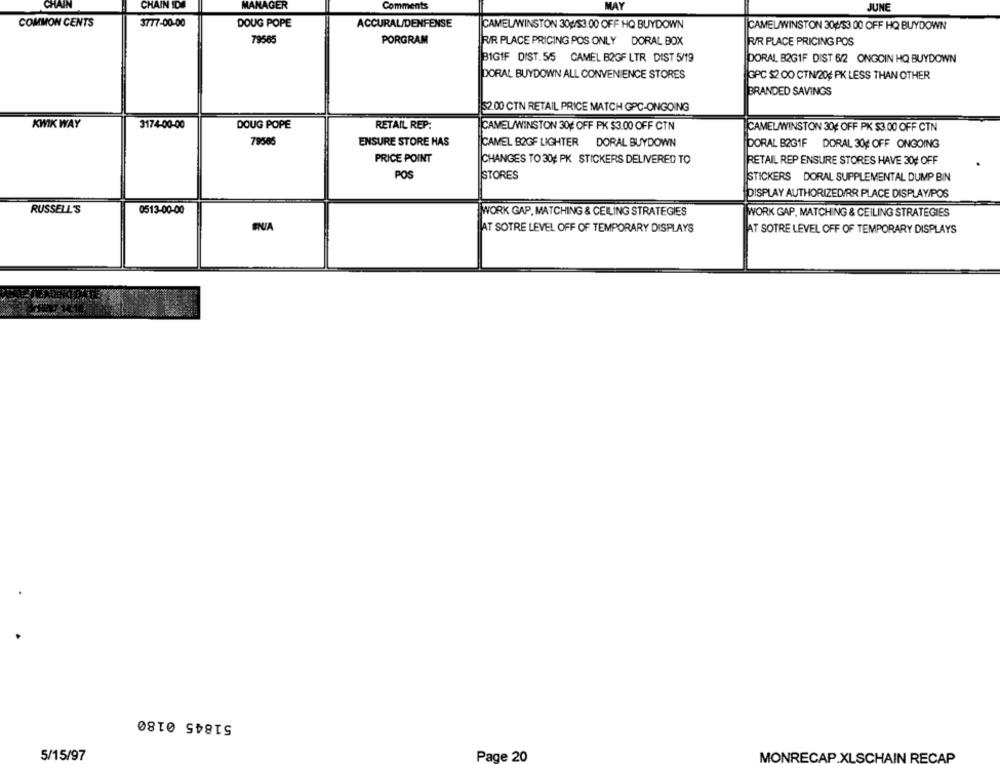
CHAIN
CHAIN IDI
MANAGER
Comments
MAY
JUNE
COMMON CENTS
3777-00-00
DOUG POPE
ACCURAL/DENFENSE
CAMEL/WINSTON 304/53 00 OFF HQ BUYDOWN
CAMELWINSTON 304/53 00 OFF HQ BUYDOWN
PORGRAM
79565
RIR PLACE PRICING POS ONLY DORAL BOX
R/R PLACE PRICING POS
BIGIF DIST. 5/5 CAMEL B2GF LTR DIST 5/19
DORAL 82G1F DIST 6/2 ONGOIN HQ BUYDOWN
DORAL BUYDOWN ALL CONVENIENCE STORES
GPC $2.00 CTN/204 PK LESS THAN OTHER
BRANDED SAVINGS
$2.00 CTN RETAIL PRICE MATCH GPC-ONGOING
KWIK WAY
3174-00-00
DOUG POPE
RETAIL REP:
CAMEL/WINSTON 30¢ OFF PK $3.00 OFF CTN
CAMELAWINSTON 30¢ OFF PK $3.00 OFF CTN
79586
ENSURE STORE HAS
CAMEL B2GF LIGHTER DORAL BUYDOWN
DORAL B2GIF DORAL 30¢ OFF ONGOING
PRICE POINT
CHANGES TO 30# PK STICKERS DELIVERED TO
RETAIL REP ENSURE STORES HAVE 30¢ OFF
POS
STORES
STICKERS DORAL SUPPLEMENTAL DUMP BIN
DISPLAY AUTHORIZED/RR PLACE DISPLAY/POS
RUSSELL'S
0513-00-00
WORK GAP, MATCHING & CEILING STRATEGIES
WORK GAP, MATCHING & CEILING STRATEGIES
AT SOTRE LEVEL OFF OF TEMPORARY DISPLAYS
AT SOTRE LEVEL OFF OF TEMPORARY DISPLAYS
51845 0180
5/15/97
Page 20
MONRECAP.XLSCHAIN RECAP